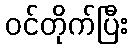
ဝင်တိုက်ပြီး